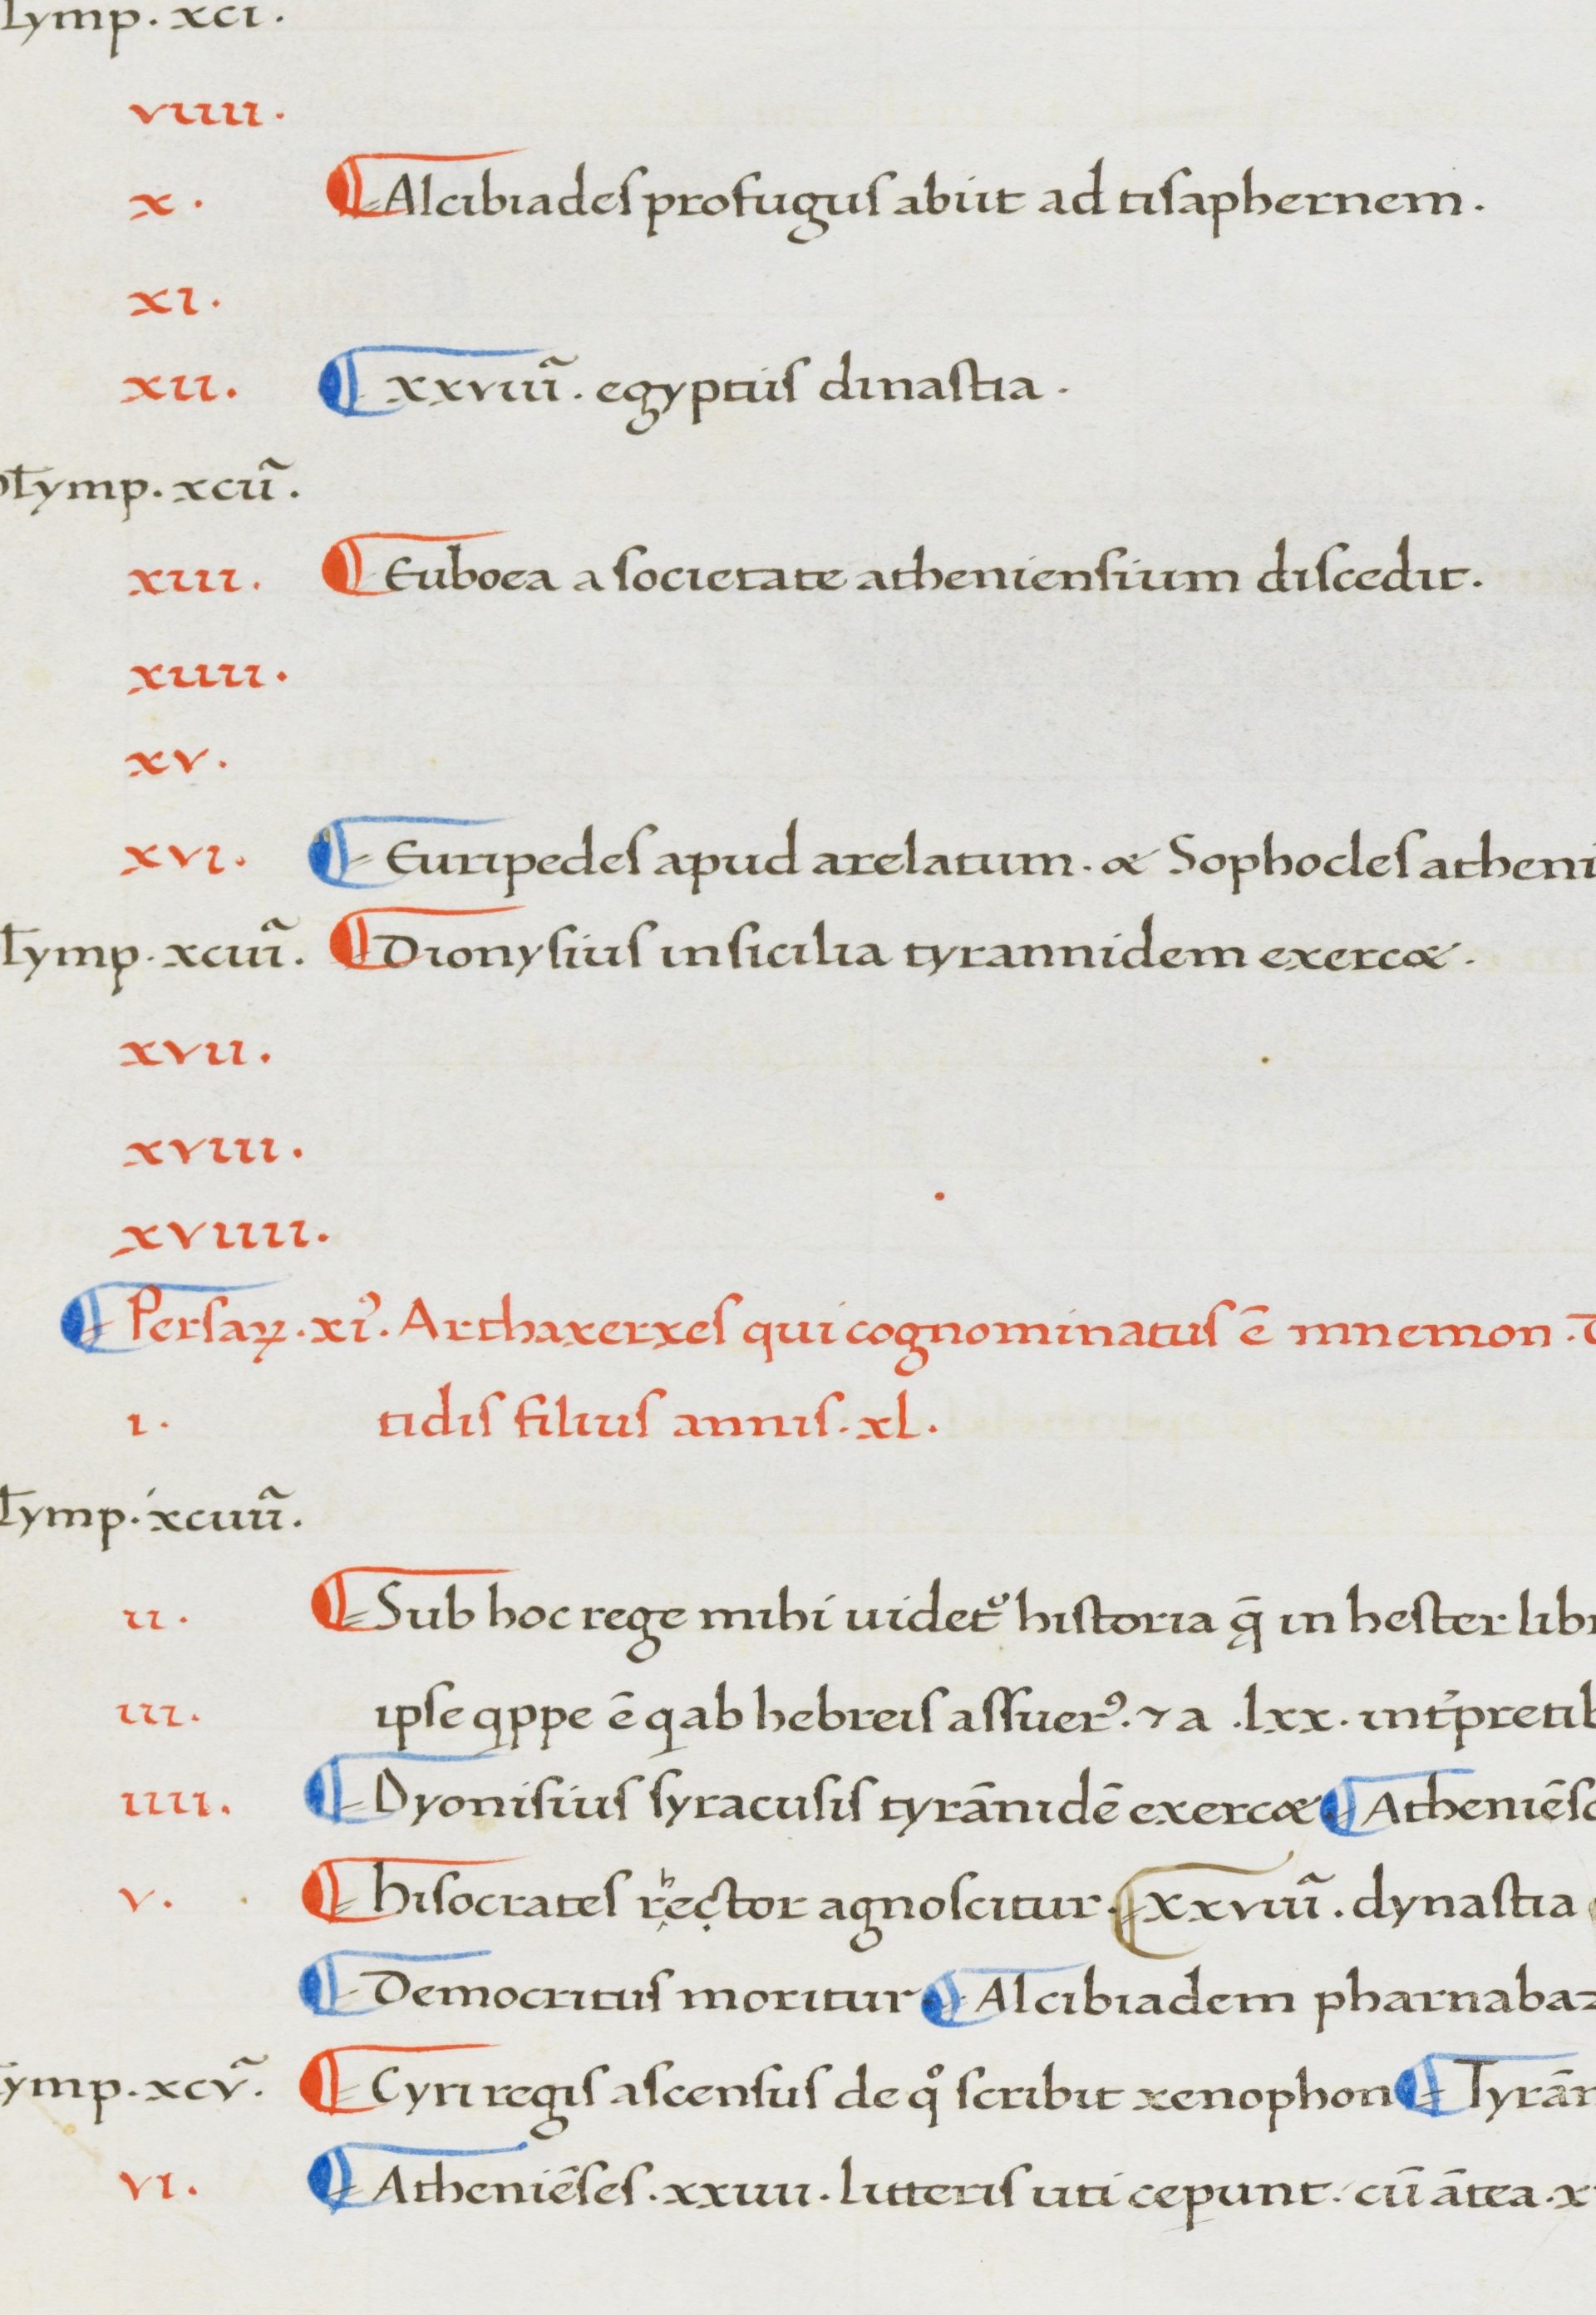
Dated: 1380–1420